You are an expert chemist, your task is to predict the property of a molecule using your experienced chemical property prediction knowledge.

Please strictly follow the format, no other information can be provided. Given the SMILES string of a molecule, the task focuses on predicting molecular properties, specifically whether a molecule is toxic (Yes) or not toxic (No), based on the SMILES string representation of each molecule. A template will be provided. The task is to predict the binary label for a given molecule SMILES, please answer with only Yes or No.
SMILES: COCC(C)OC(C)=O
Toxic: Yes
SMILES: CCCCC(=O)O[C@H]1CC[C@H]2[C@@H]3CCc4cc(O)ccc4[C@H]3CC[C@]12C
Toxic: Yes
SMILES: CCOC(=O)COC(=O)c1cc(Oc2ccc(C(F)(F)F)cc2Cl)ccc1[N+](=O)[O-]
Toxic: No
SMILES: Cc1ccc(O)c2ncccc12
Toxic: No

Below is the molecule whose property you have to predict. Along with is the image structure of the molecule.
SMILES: O=C1C=CC(=O)N1c1ccc(Cc2ccc(N3C(=O)C=CC3=O)cc2)cc1
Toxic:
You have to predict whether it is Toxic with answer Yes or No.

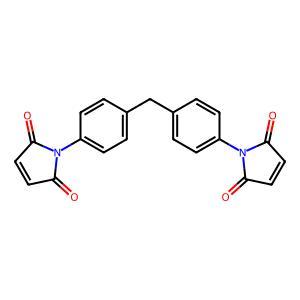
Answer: No